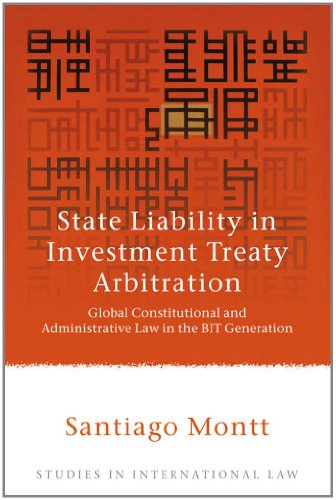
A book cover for State Liability in Investment Treaty Arbitration: Global Constitutional and Administrative Law in the BIT Generation (Studies in International Law); Santiago Montt; Law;